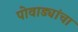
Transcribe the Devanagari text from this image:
पोवाड्यांचा